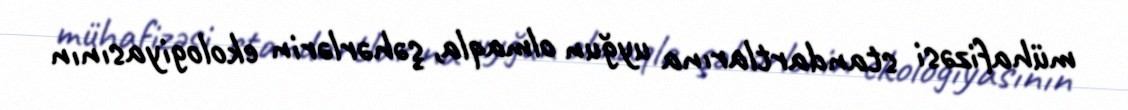
mühafizəsi standartlarına uyğun olmaqla, şəhərlərin ekologiyasının